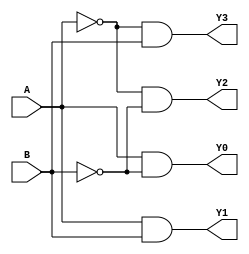
module demultiplexer_2to4(
    input A,
    input B,
    output Y0,
    output Y1,
    output Y2,
    output Y3
);

assign Y0 = (A & ~B);
assign Y1 = (A & B);
assign Y2 = (~A & ~B);
assign Y3 = (~A & B);

endmodule